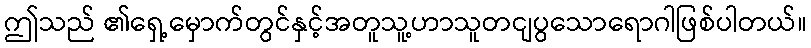
ဤသည် ၏ရှေ့မှောက်တွင်နှင့်အတူသူ့ဟာသူတငျပွသောရောဂါဖြစ်ပါတယ်။